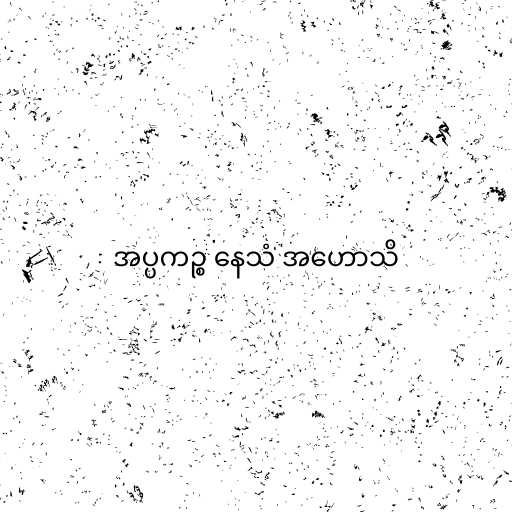
အပ္ပကဉ္စ နေသံ အဟောသိ